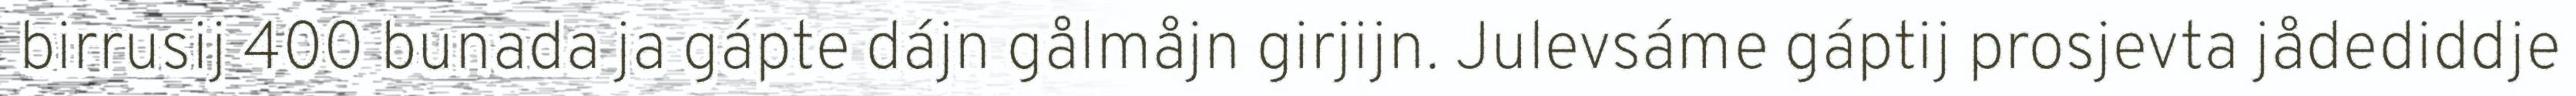
birrusij 400 bunada ja gápte dájn gålmåjn girjijn. Julevsáme gáptij prosjevta jådediddje